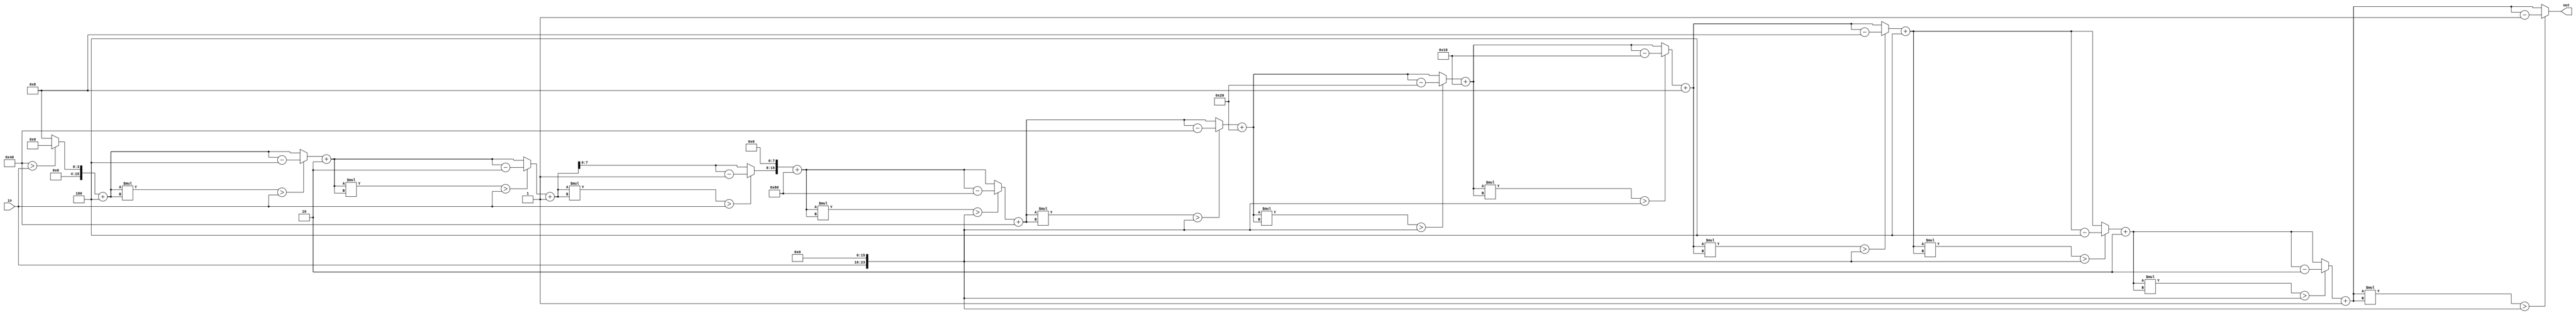
`timescale 1ns / 1ps
//////////////////////////////////////////////////////////////////////////////////
// Company: 
// Engineer: 
// 
// Design Name: 
// Module Name:    square_root 
// Project Name: 
// Target Devices: 
// Tool versions: 
// Description: 
//
// Dependencies: 
//
// Revision: 
// Revision 0.01 - File Created
// Additional Comments: 
//
//////////////////////////////////////////////////////////////////////////////////
module square_root (
    output reg [15:0] out,
    input  [7:0] in );
	 
	 
	reg [3:0] base;
	reg [3:0] i;
	reg [7:0] dec;
	reg [23:0] insec;
	always @(*) begin
		base=8;
		out=0;
		for(i=0; i<4; i=i+1) begin
			out=out+base;
			if((out*out)>in) begin
				out=out-base;
				end
			base=base/2;
		end
		
		out=out<<<8;
	
		dec=8'b10000000;
		insec=in<<<16;
		
		for(i=0; i<8; i=i+1) begin
		out=out+dec;
		if((out*out)>(insec)) begin
			out=out-dec;
		end
		dec=dec>>>1;
		
		end

	end

endmodule